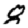
Digit: 8